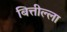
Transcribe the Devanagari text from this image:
बित्तील्ला